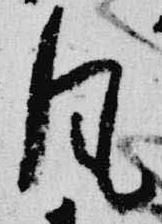
風